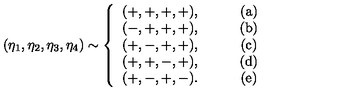
( \eta _ { 1 } , \eta _ { 2 } , \eta _ { 3 } , \eta _ { 4 } ) \sim \left\{ \begin{array} { c c } { ( + , + , + , + ) , } & { \qquad ( \mathrm { a } ) } \\ { ( - , + , + , + ) , } & { \qquad ( \mathrm { b } ) } \\ { ( + , - , + , + ) , } & { \qquad ( \mathrm { c } ) } \\ { ( + , + , - , + ) , } & { \qquad ( \mathrm { d } ) } \\ { ( + , - , + , - ) . } & { \qquad ( \mathrm { e } ) } \\ \end{array} \right.